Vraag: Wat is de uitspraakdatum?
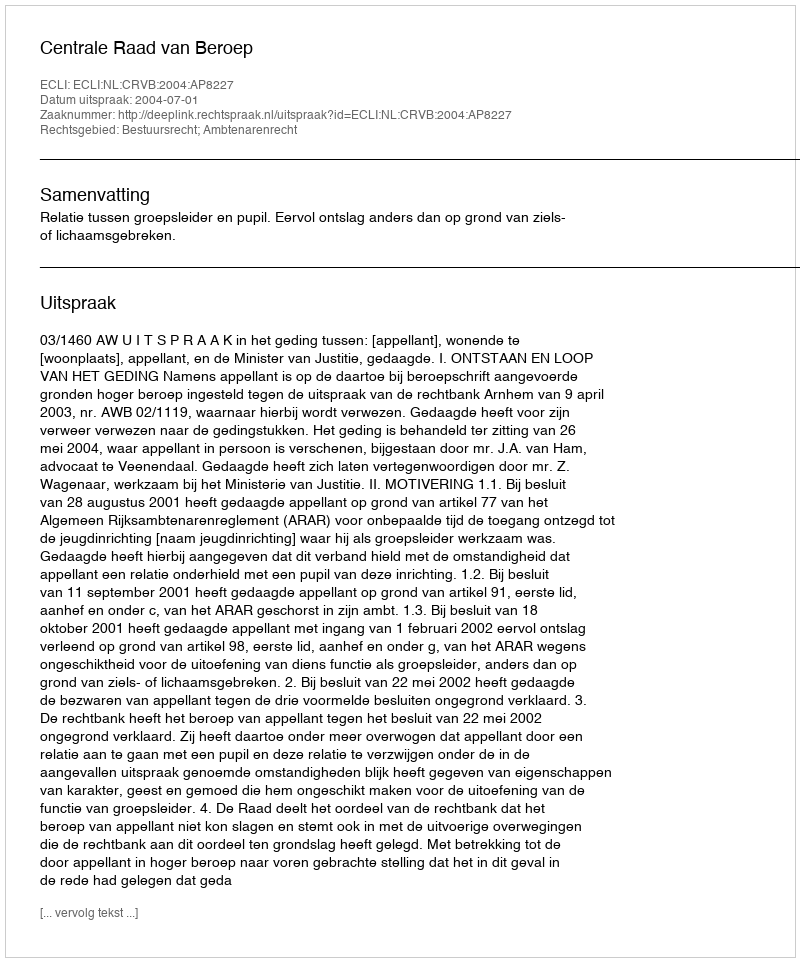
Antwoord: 2004-07-01